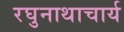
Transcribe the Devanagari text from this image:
रघुनाथाचार्य